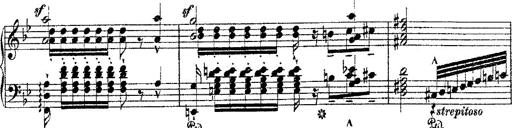
Title: Fantaisie romantique sur deux mÃ©lodies suisses
Composer: Franz Liszt